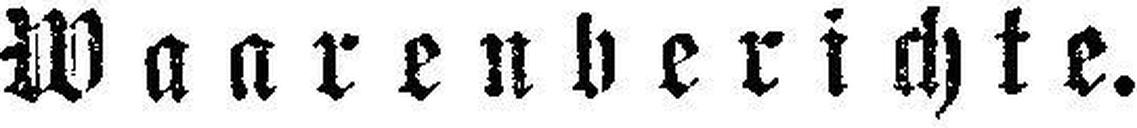
Waarenberichte.